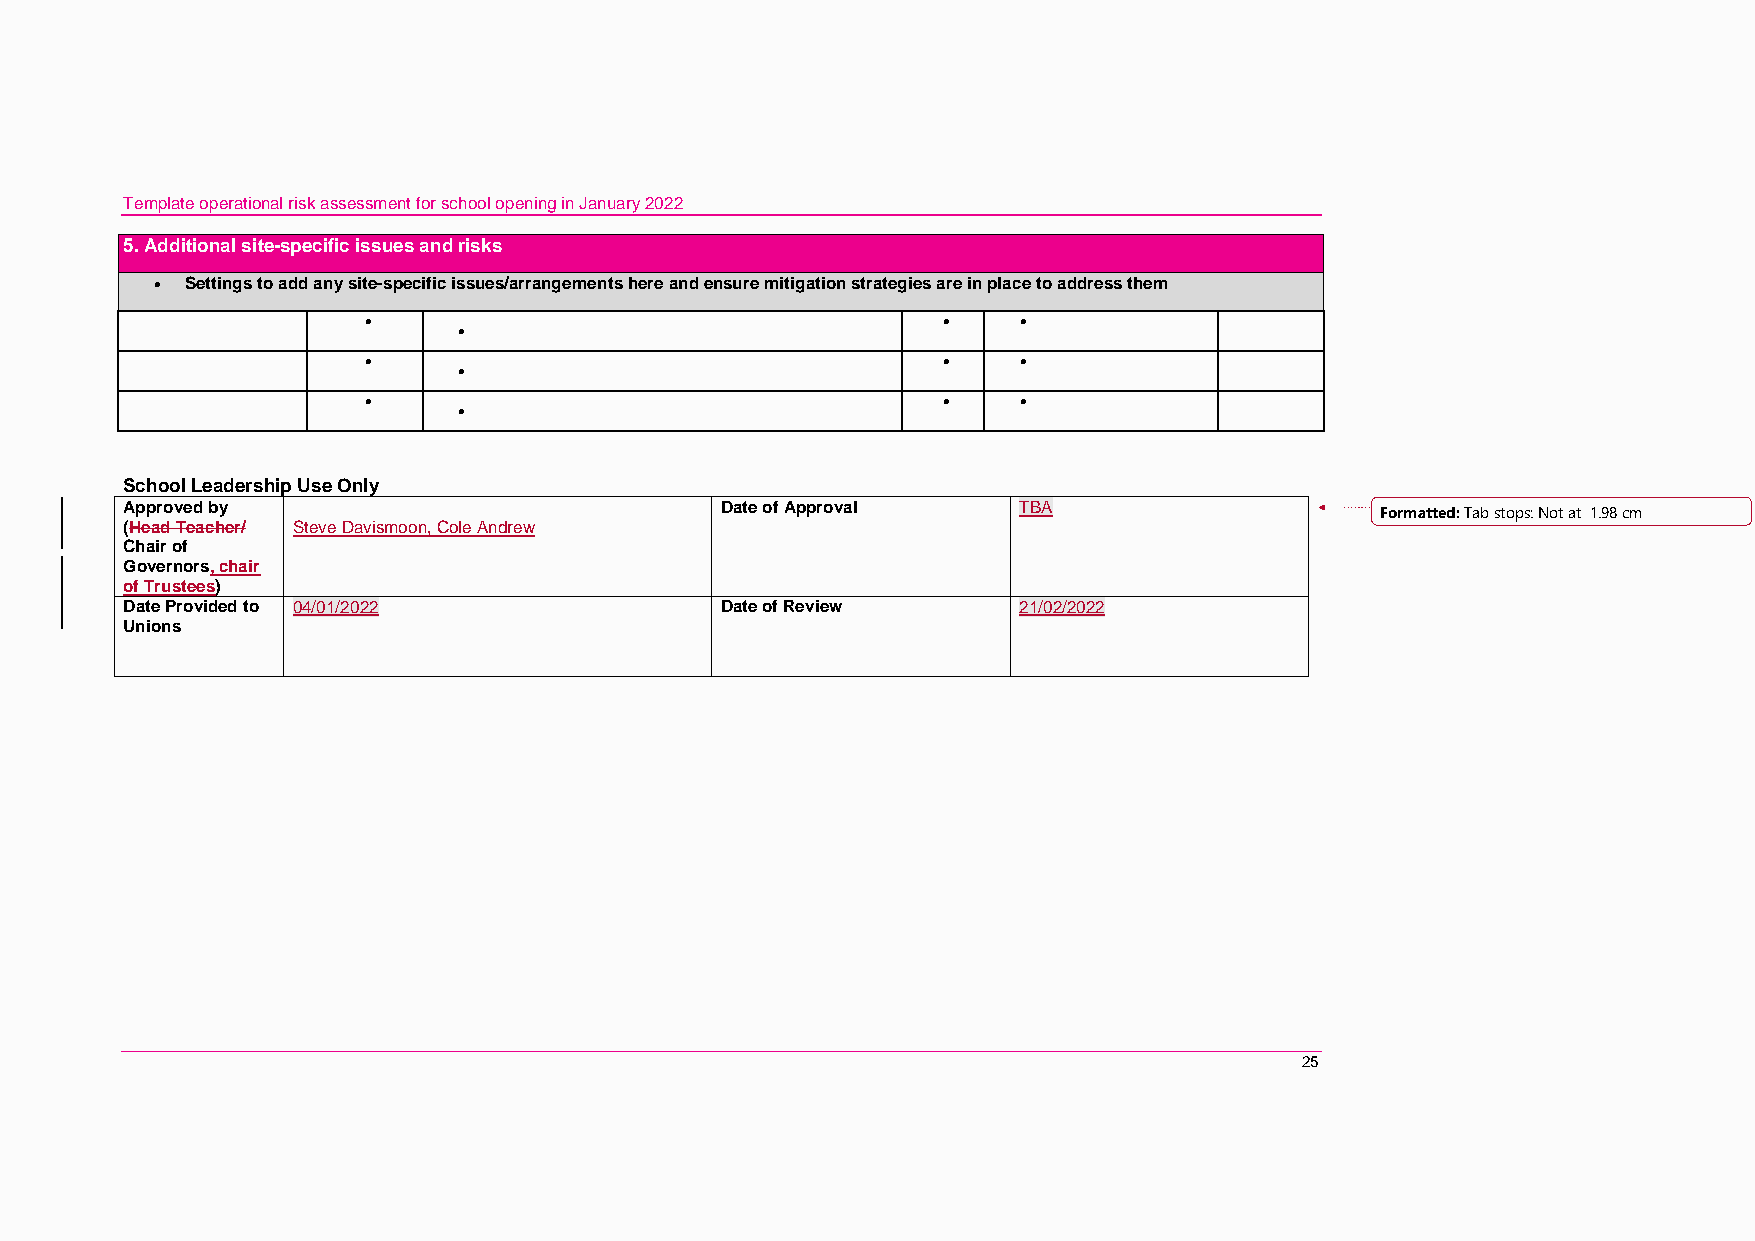
Template operational risk assessment for school opening in January 2022
 5. Additional site-specific issues and risks
  Settings to add any site-specific issues/arrangements here and ensure mitigation strategies are in place to address them
                                          
 
                                          
 
                                          
 
 School Leadership Use Only
 Approved by                             Date of Approval   TBA                     Formatted: Tab stops: Not at 1.98 cm
 (Head Teacher/ Steve Davismoon, Cole Andrew
 Chair of
 Governors, chair
 of Trustees)
 Date Provided to 04/01/2022             Date of Review     21/02/2022
 Unions
 25